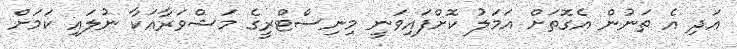
އަދި އެ ތަނުން އެގޮތަށް އަމަލު ކޮށްފައިވަނީ މިނިސްޓްރީގެ މަޝްވަރާއަކާ ނުލައި ކަމަށް